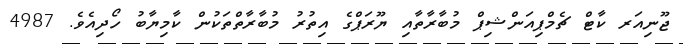
ޖޫނިއަރ ކާޓް ޗެމްޕިއަންޝިޕް މުބާރާތާއި ޔޫރަޕްގެ އިތުރު މުބާރާތްތަކުން ކާމިޔާބު ހޯދިއެވެ. 4987